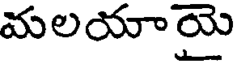
మలయాయై